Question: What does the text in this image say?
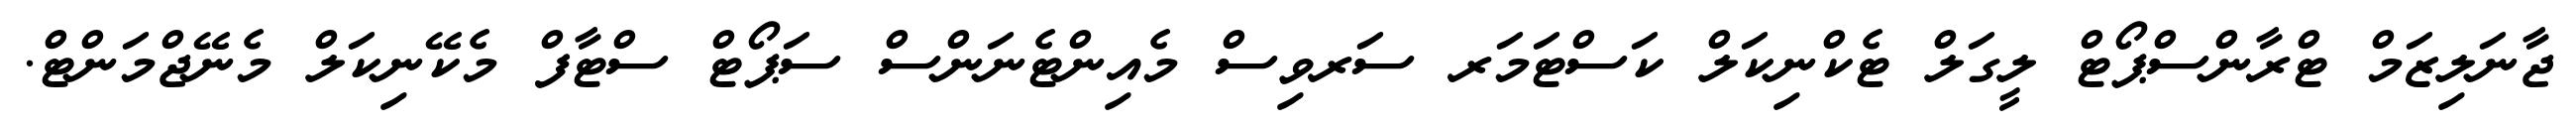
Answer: ޖާނަލިޒަމް ޓްރާންސްޕޯޓް ލީގަލް ޓެކްނިކަލް ކަސްޓަމަރ ސަރވިސް މެއިންޓެނަންސް ސަޕޯޓް ސްޓާފް މެކޭނިކަލް މެނޭޖްމަންޓް.